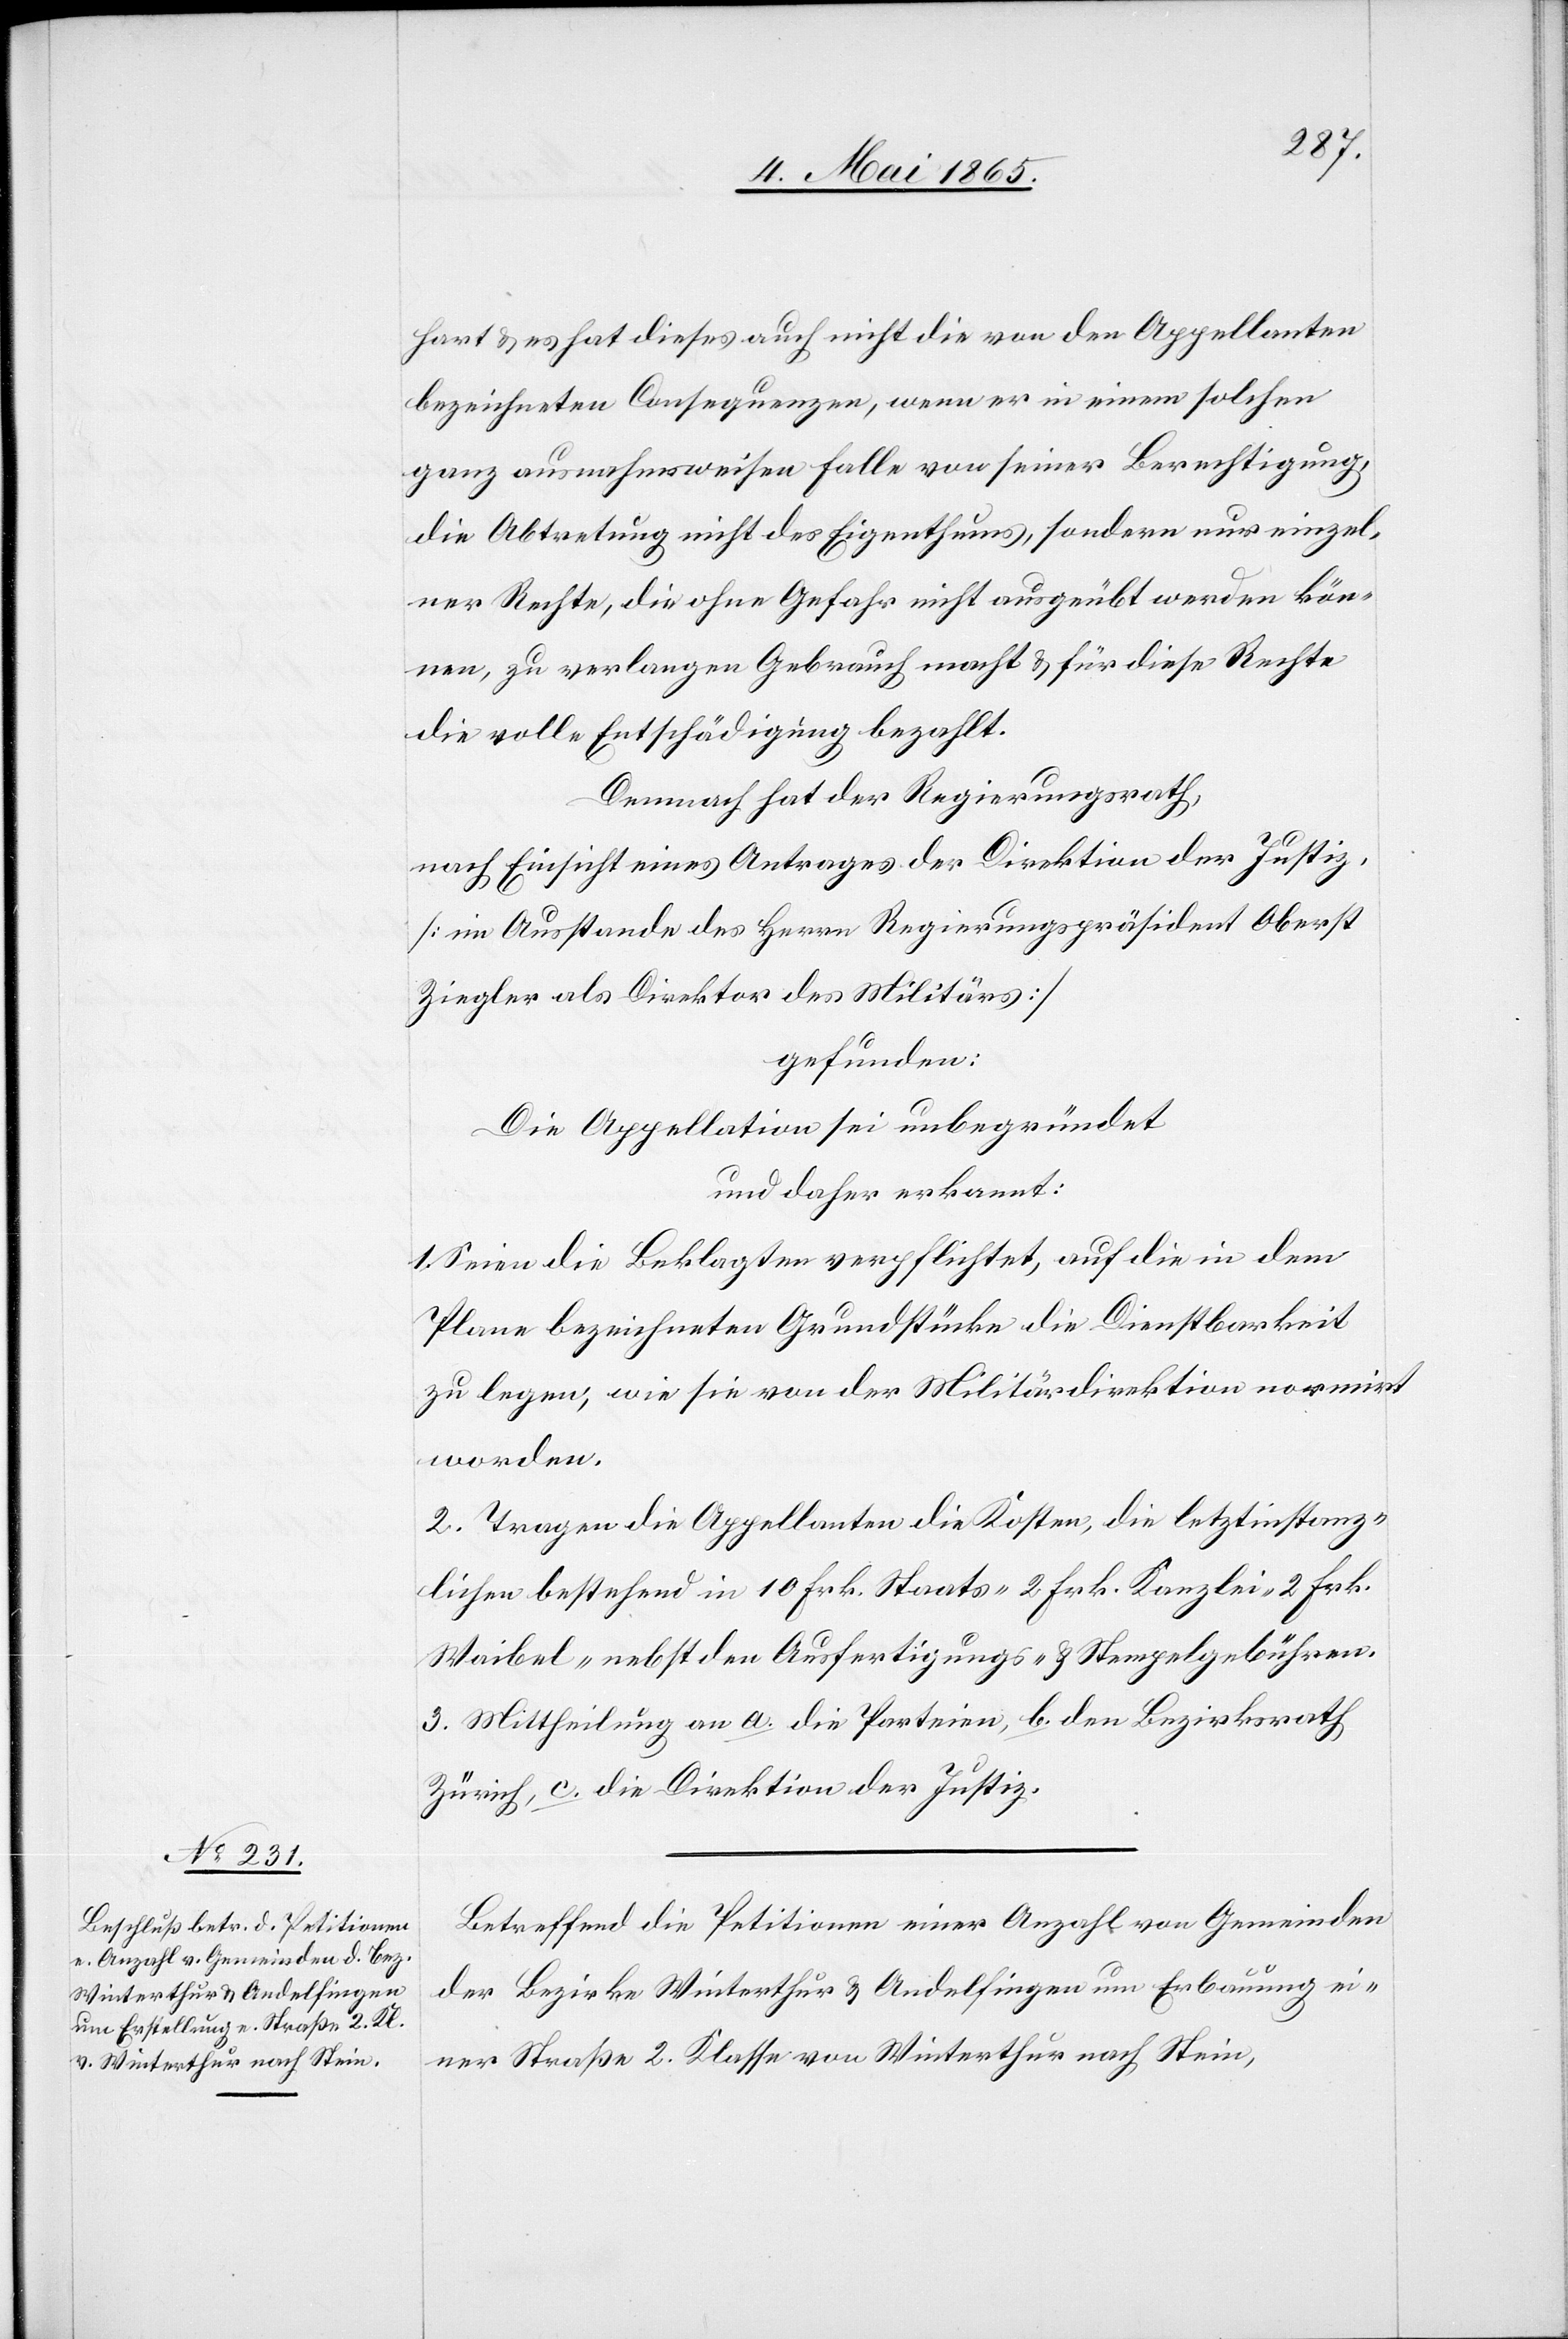
hart & es hat dieses auch nicht die von den Appellanten
bezeichneten Consequenzen, wenn er in einem solchen
ganz ausnahmsweisen Falle von seiner Berechtigung,
die Abtretung nicht des Eigenthums, sondern nur einzel¬
ner Rechte, die ohne Gefahr nicht ausgeübt werden kön¬
nen, zu verlangen Gebrauch macht & für diese Rechte
die volle Entschädigung bezahlt.
Demnach hat der Regierungsrath,
nach Einsicht eines Antrages der Direktion der Justiz,
[im Ausstande des Herrn Regierungspräsident Oberst
Ziegler als Direktor des Militärs]
gefunden:
Die Appellation sei unbegründet
und daher erkannt:
1. Seien die Beklagten verpflichtet, auf die in dem
Plane bezeichneten Grundstücke die Dienstbarkeit
zu legen, wie sie von der Militärdirektion normirt
worden.
2. Tragen die Appellanten die Kosten, die letztinstanz¬
lichen bestehend in 10 Frk. Staats-[,] 2 Frk. Kanzlei-[,] 2 Frk.
Waibel- nebst den Ausfertigungs- & Stempelgebühren.
3. Mittheilung an a. die Parteien, b. den Bezirksrath
Zürich, c. die Direktion der Justiz.
Betreffend die Petitionen einer Anzahl von Gemeinden
der Bezirke Winterthur & Andelfingen um Erbauung ei¬
ner Straße 2. Klasse von Winterthur nach Stein,